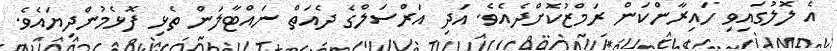
އެ ލޮލުގައިވި ހައިރާންކަން ރަމްޒުކޮށްދެއެވެ. އަދި އަރްސަލްގެ ދެއަތް ނައްޓާލަން ތެޅި ފޮޅެމުންދިޔައެވެ.